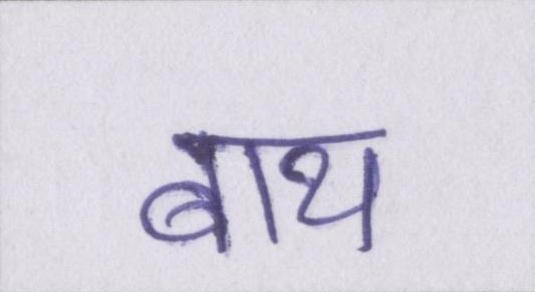
बाथ